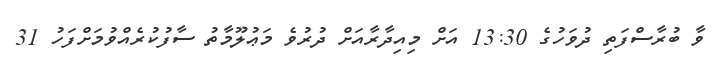
ވާ ބުރާސްފަތި ދުވަހުގެ 13:30 އަށް މިއިދާރާއަށް ދުރުވެ މަޢުލޫމާތު ސާފުކުރެއްވުމަށްފަހު 31